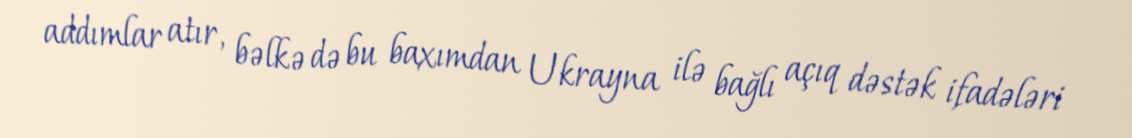
addımlar atır, bəlkə də bu baxımdan Ukrayna ilə bağlı açıq dəstək ifadələri